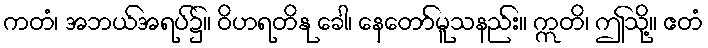
ကတံ၊ အဘယ်အရပ်၌။ ဝိဟရတိနု ခေါ၊ နေတော်မူသနည်း။ ဣတိ၊ ဤသို့။ ဧတံ